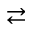
\rightleftarrows